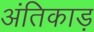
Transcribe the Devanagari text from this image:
अंतिकाड़